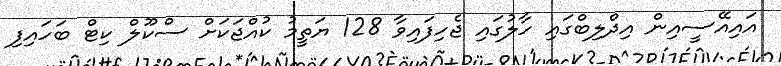
އައިއޭސީއިން އިދްލިބްގައި ހާލުގައި ޖެހިފައިވާ 128 ޔަތީމު ކުއްޖަކަށް ސްކޫލް ކިޓް ބަހައިފި